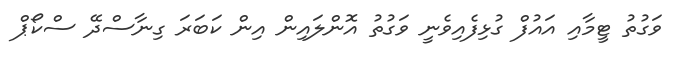
ވަގުތު ޓީމާއި އައުފް ގުޅިފެއިވެނީ ވަގުތު އޮންލައިން އިން ކަބަރަ ގިނާސްދޭ ސްކޯޕް